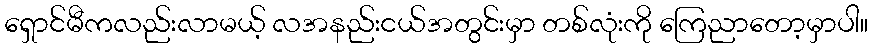
ရှောင်မီကလည်းလာမယ့် လအနည်းငယ်အတွင်းမှာ တစ်လုံးကို ကြေညာတော့မှာပါ။